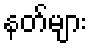
နတ်များ